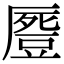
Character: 𠪶